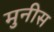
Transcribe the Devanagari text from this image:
मुनीस